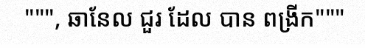
""", ឆានែល ជួរ ដែល បាន ពង្រីក"""